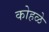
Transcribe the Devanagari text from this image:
कोहळे